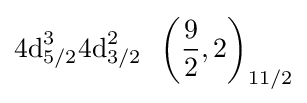
{\text{4d}}_{5/2}^{3}{\text{4d}}_{3/2}^{2}~\ {{\left({\frac {9}{2}},2\right)}_{11/2}}